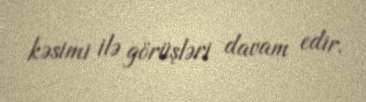
kəsimi ilə görüşləri davam edir.